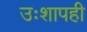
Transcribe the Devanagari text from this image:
उःशापही